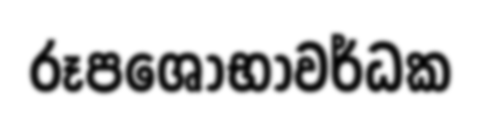
රූපශෝභාවර්ධක